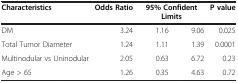
| Characteristics | Odds Ratio | <COLSPAN=2> 95% Confident Limits | P value |
 | --- | --- | --- | --- | --- |
 | DM | 3.24 | 1.16 | 9.06 | 0.025 |
 | Total Tumor Diameter | 1.24 | 1.11 | 1.39 | 0.0001 |
 | Multinodular vs Uninodular | 2.05 | 0.63 | 6.72 | 0.23 |
 | Age > 65 | 1.26 | 0.35 | 4.63 | 0.72 |